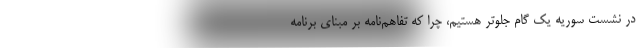
در نشست سوریه یک گام جلوتر هستیم، چرا که تفاهم‌نامه بر مبنای برنامه